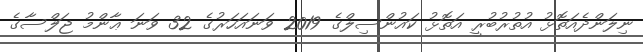
ނިލަންދެއަތޮޅު އުތުރުބުރީ އަތޮޅު ކައުންސިލްގެ 2019 ވަނައަހަރުގެ 32 ވަނަ ޢާންމު ޖަލްސާގެ